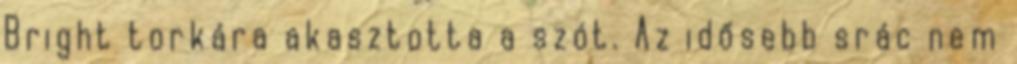
Bright torkára akasztotta a szót. Az idősebb srác nem